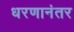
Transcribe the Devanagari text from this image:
धरणानंतर